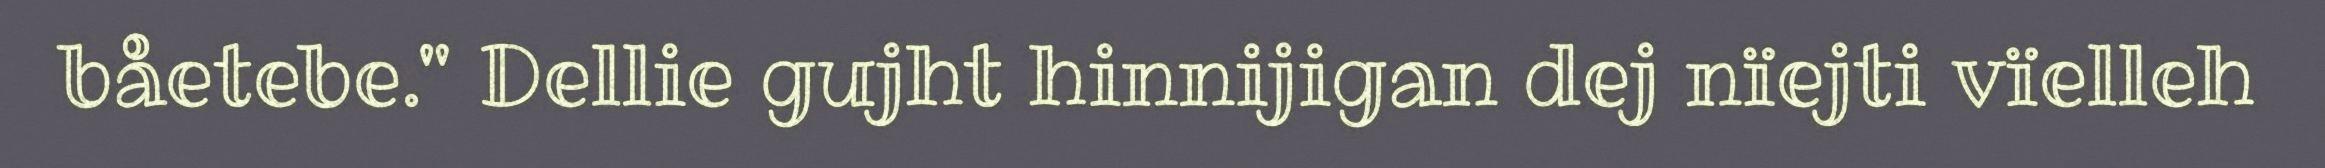
båetebe." Dellie gujht hinnijigan dej nïejti vïelleh